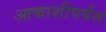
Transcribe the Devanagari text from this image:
आकाशीपर्यंत